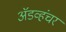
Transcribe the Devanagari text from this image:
ॲडव्हंचर